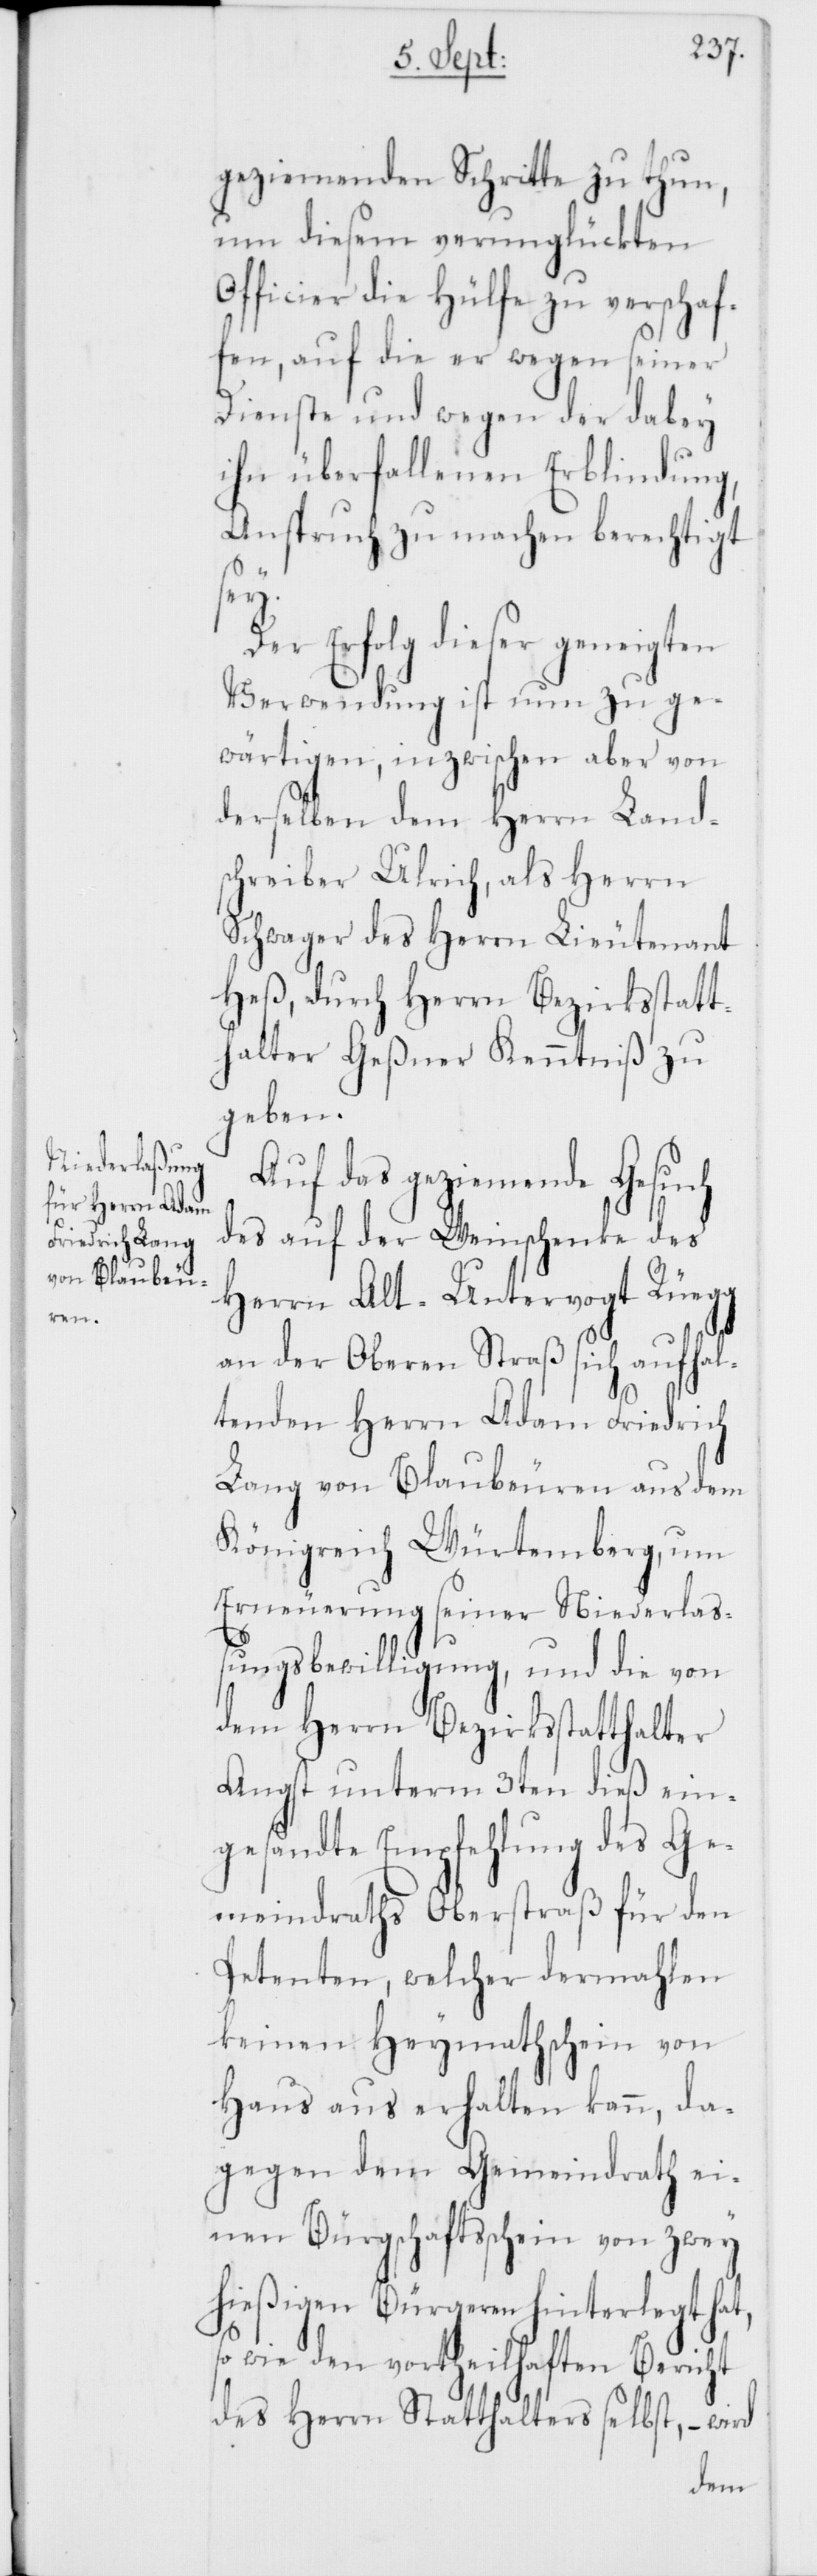
geziemenden Schritte zu thun,
um diesem verunglückten
Officier die Hülfe zu verschaf¬
fen, auf die er wegen seiner
Dienste und wegen der dabey
ihn überfallenen Erblindung,
Anspruch zu machen berechtigt
sey.
Der Erfolg dieser geneigten
Verwendung ist nun zu ge¬
wärtigen, inzwischen aber von
derselben dem Herrn Land¬
schreiber Ulrich, als Herrn
Schwager des Herrn Lieutenant
Heß, durch Herrn Bezirksstatt¬
halter Geßner Kenntniß zu
geben.
Auf das geziemende Gesuch
des auf der Weinschenke des
Herrn Alt-Untervogt Rüegg
an der Oberen Straß sich aufhal¬
tenden Herrn Adam Friedrich
Lang von Blaubeuren aus dem
Königreich Würtemberg, um
Erneuerung seiner Niederlaß¬
ungsbewilligung, und die von
dem Herrn Bezirksstatthalter
Angst unterm 3ten dieß ein¬
gesandte Empfehlung des Ge¬
meindraths Oberstraß für den
Petenten, welcher dermahlen
keinen Heymathschein von
Haus aus erhalten kann, da¬
gegen dem Gemeindrath ei¬
nen Bürgschaftsschein von zwey
hießigen Bürgeren hinterlegt hat,
so wie den vortheilhaften Bericht
des Herrn Statthalters selbst, – wird